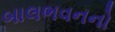
બાલભવનનો